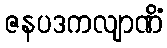
ဇနပဒကလျာဏိံ